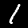
Label: 1